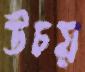
উচয়